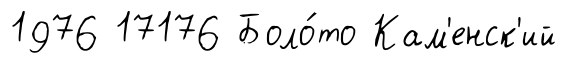
1976 17176 Боло́то Кам'енск'ий